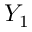
Y _ { 1 }